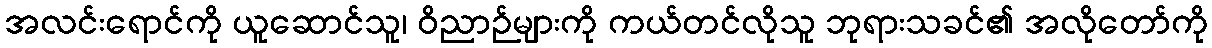
အလင်းရောင်ကို ယူဆောင်သူ၊ ဝိညာဉ်များကို ကယ်တင်လိုသူ ဘုရားသခင်၏ အလိုတော်ကို